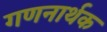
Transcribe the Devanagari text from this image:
गणनार्थक